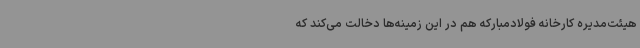
هیئت‌مدیره کارخانه فولادمبارکه هم در این زمینه‌ها دخالت می‌کند که